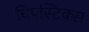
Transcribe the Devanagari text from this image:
चिपस्टिक्स